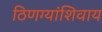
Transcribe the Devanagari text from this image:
ठिणग्यांशिवाय